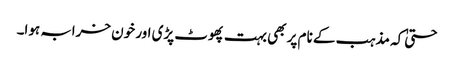
حتیٰ کہ مذہب کے نام پر بھی بہت پھوٹ پڑی اور خون خرابہ ہوا۔